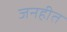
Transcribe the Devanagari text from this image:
जनहीत